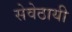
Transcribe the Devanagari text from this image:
सेवेठायी